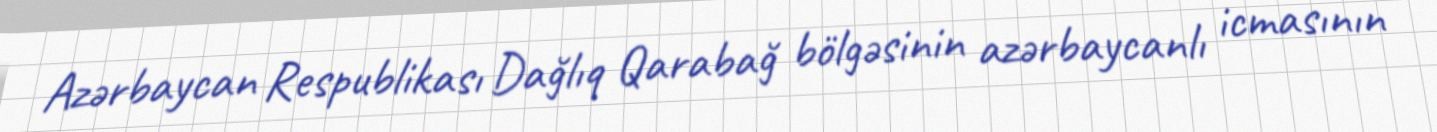
Azərbaycan Respublikası Dağlıq Qarabağ bölgəsinin azərbaycanlı icmasının